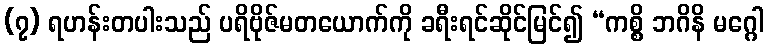
(၇) ရဟန်းတပါးသည် ပရိဗိုဇ်မတယောက်ကို ခရီးရင်ဆိုင်မြင်၍ “ကစ္စိ ဘဂိနိ မဂ္ဂေါ